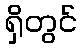
ရှိတွင်